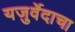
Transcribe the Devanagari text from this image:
यजुर्वेदाचा